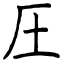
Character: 圧